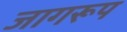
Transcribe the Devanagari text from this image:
जागरूप